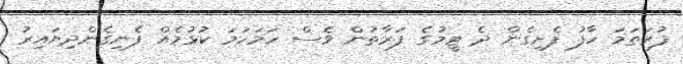
ފުރަތަމަ ހާފު ފެށިގެން ދެ ޓީމުގެ ފަރާތުން ވެސް ހަމަހަމަ ކުޅުމެއް ފެނިގެންދިޔައިރު